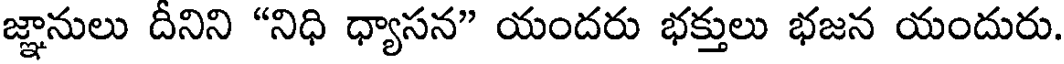
జ్ఞానులు దీనిని "నిధి ధ్యాసన" యందరు భక్తులు భజన యందురు